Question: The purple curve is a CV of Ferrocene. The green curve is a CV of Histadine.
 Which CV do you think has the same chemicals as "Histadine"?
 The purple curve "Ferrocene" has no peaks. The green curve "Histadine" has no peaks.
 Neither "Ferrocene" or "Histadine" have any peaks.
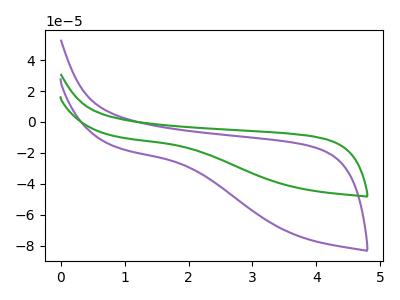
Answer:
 <answer>The CV with the most similar shape to "Ferrocene" is "Histadine".</answer>
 <eval>"Histadine"</eval>